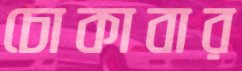
চোকাবার